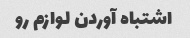
اشتباه آوردن لوازم رو